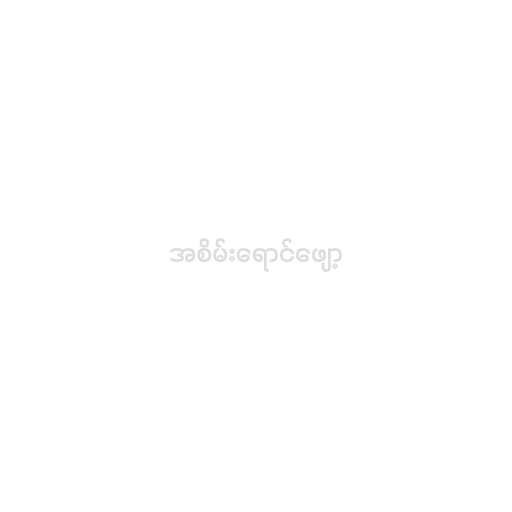
အစိမ်းရောင်ဖျော့